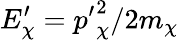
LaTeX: E_{\chi}^{\prime}={p^{\prime}}_{\chi}^{2}/2m_{\chi}